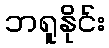
ဘရူနိုင်း